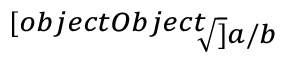
\scriptscriptstyle { \sqrt [ [object Object] ] { a / b } }